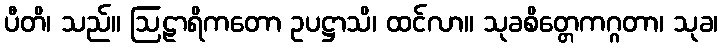
ပီတိ၊ သည်။ ဩဠာရိကတော ဥပဋ္ဌာသိ၊ ထင်လာ။ သုခစိတ္တေကဂ္ဂတာ၊ သုခ၊